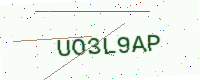
Text: UO3L9AP